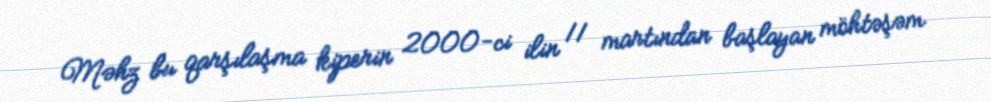
Məhz bu qarşılaşma kiperin 2000-ci ilin 11 martından başlayan möhtəşəm